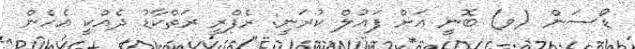
ޑޯސަން (ވ) ބޮނީ އަށް ފައުލް ކުރަނީ: ރެފްރީ ރަތްކާޑު ދެއްކީ އެހެން